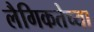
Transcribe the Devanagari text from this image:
लैगिकतेच्या